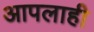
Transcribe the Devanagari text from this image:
आपलाही